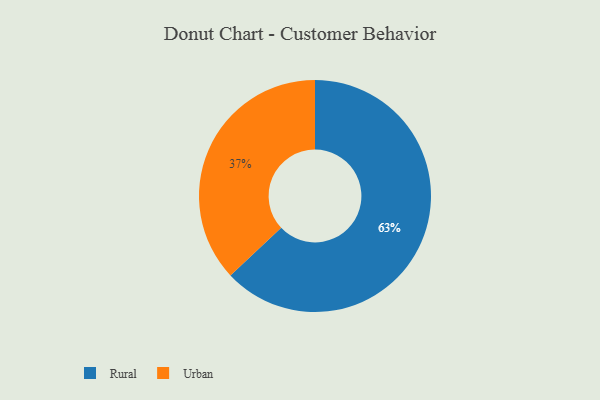
{"axis": {"x": "Category", "y": "Percentage"}, "legend": ["Rural", "Urban"], "data": [{"x": "Urban", "y": 37, "type": "Urban"}, {"x": "Rural", "y": 63, "type": "Rural"}]}